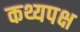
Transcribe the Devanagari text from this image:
कथ्यपक्ष